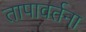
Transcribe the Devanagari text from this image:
तापावर्तना